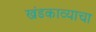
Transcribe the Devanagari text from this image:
खंडकाव्याचा